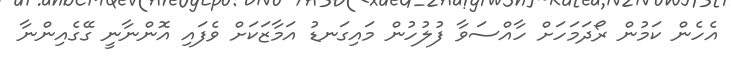
އެހެން ކަމުން ރޯދަމަހަށް ހާއްސަވާ ފުލުހުން މައިގަނޑު އަމާޒަކަށް ވެފައި އޮންނާނީ ގޭގެއިންނާ